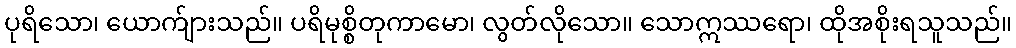
ပုရိသော၊ ယောက်ျားသည်။ ပရိမုစ္စိတုကာမော၊ လွတ်လိုသော။ သောဣဿရော၊ ထိုအစိုးရသူသည်။